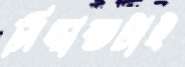
সিদ্ধান্তটাই